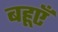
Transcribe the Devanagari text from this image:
बहूएँ